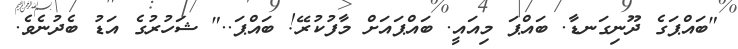
"ބައްޕަގެ ދޫނިގަނޑާ. ބައްޕަ މިއައީ. ބައްޕައަށް މާފުކުރޭ! ބައްޕަ.." ޝަހުރުގެ އަޑު ބެދުނެވެ.